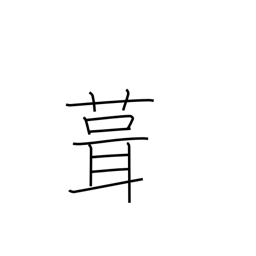
Meaning: shingle